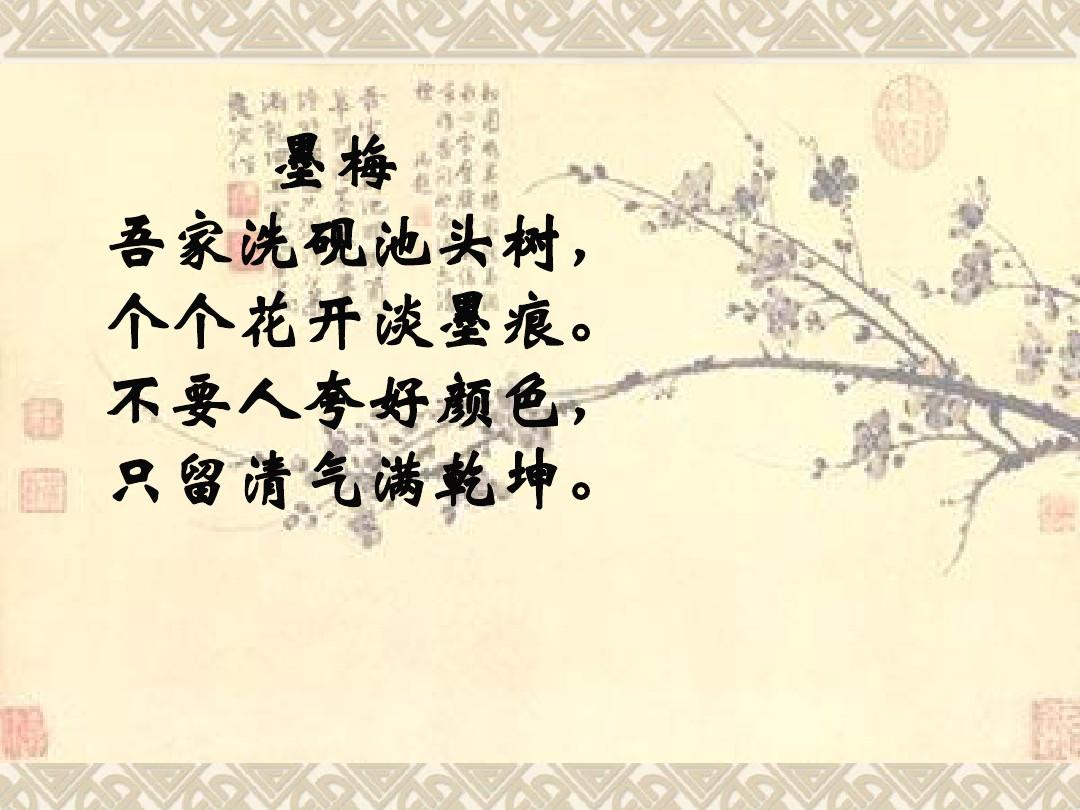
不要人夸好颜色，只留清气满乾坤。